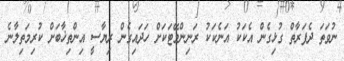
ނުވަތަ ދެފަރާތް ގުޅިގެން އެކަކު އަނެކަކު ރަނިންމޭޓަކަށް ހަދައިގެން ރިޔާސީ އިންތިޚާބަށް ކުރިމަތިލާނެ